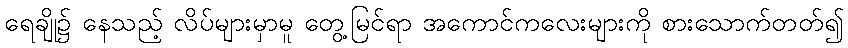
ရေချို၌ နေသည့် လိပ်များမှာမူ တွေ့မြင်ရာ အကောင်ကလေးများကို စားသောက်တတ်၍